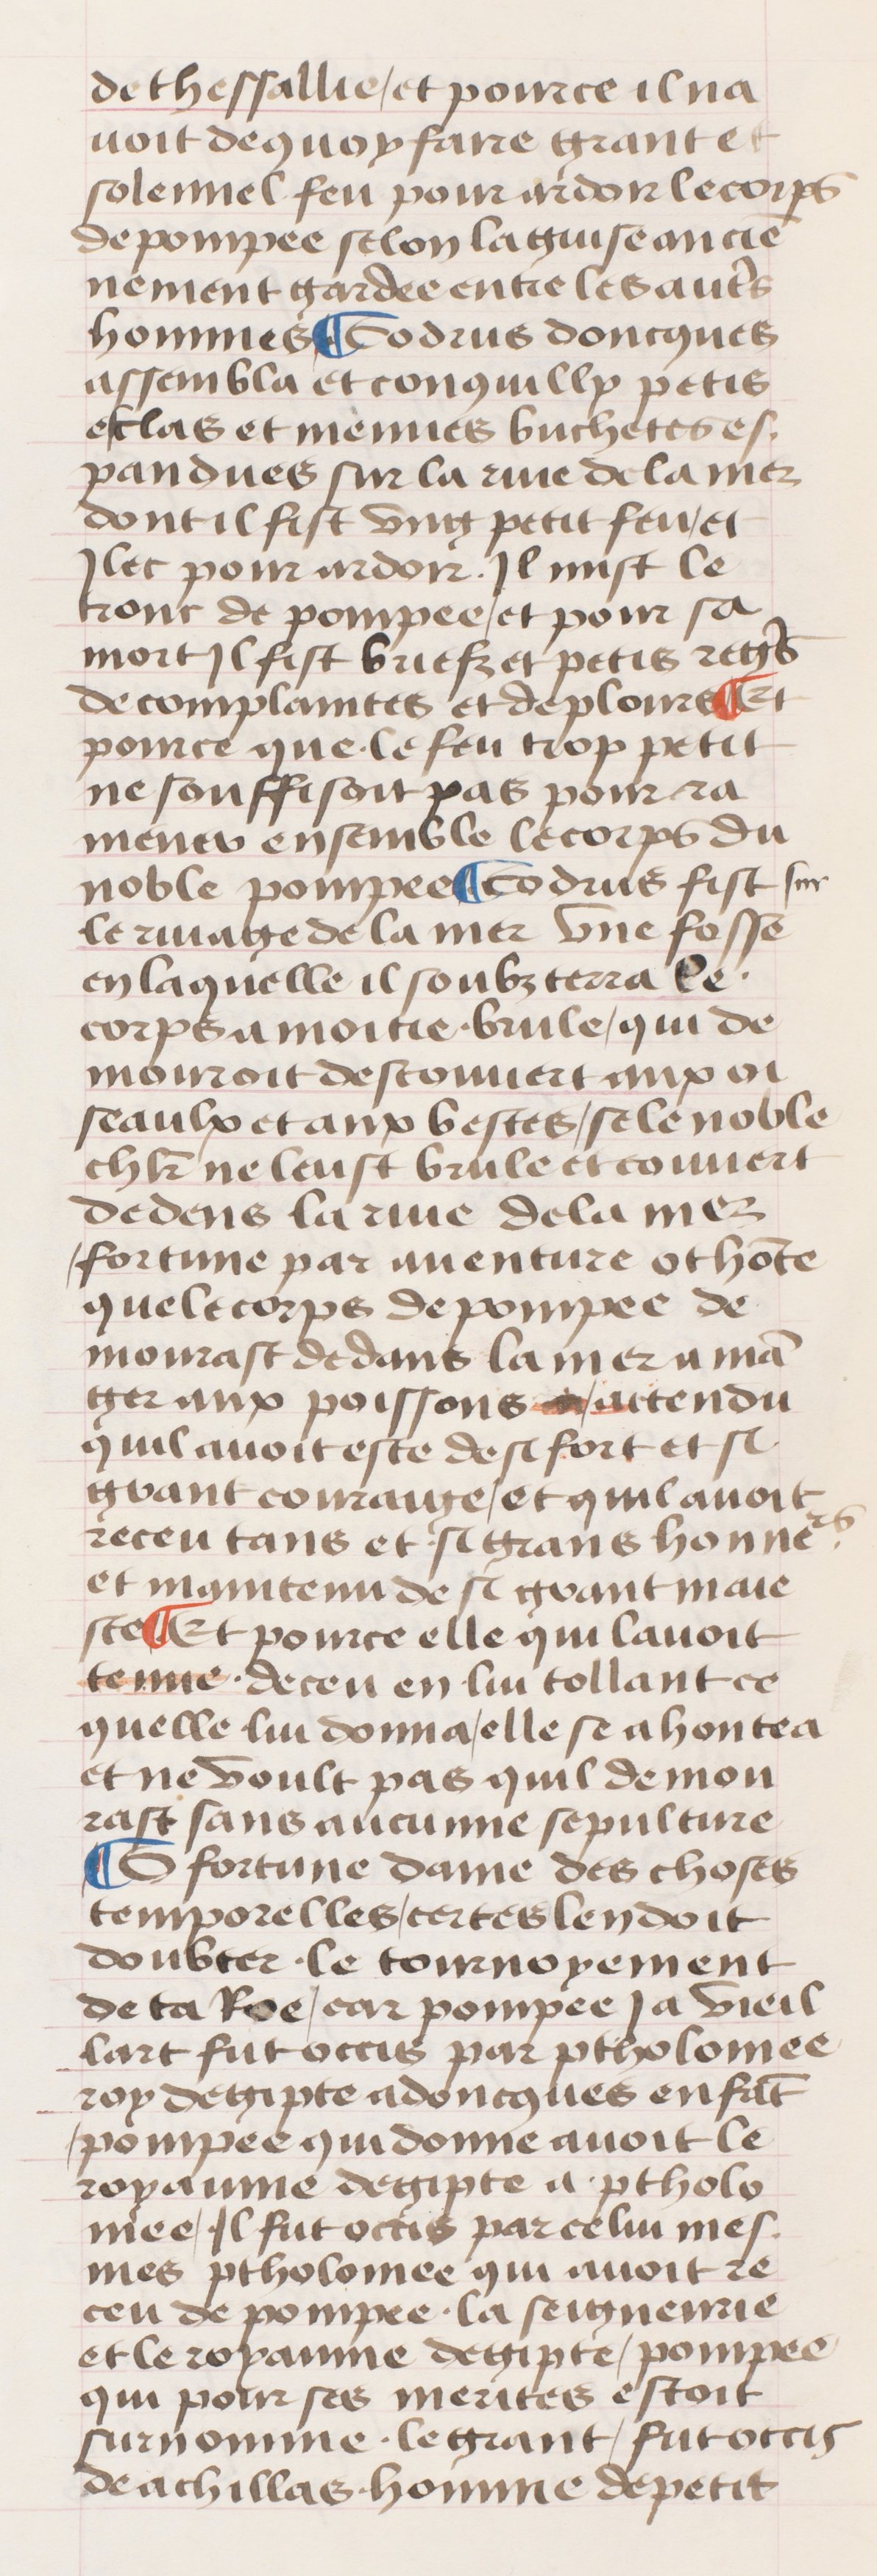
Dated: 1400–1499